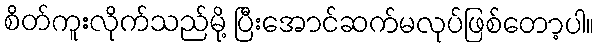
စိတ်ကူးလိုက်သည်မို့ ပြီးအောင်ဆက်မလုပ်ဖြစ်တော့ပါ။